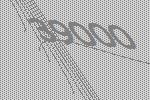
39000